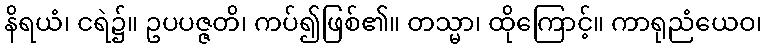
နိရယံ၊ ငရဲ၌။ ဥပပဇ္ဇတိ၊ ကပ်၍ဖြစ်၏။ တသ္မာ၊ ထိုကြောင့်။ ကာရုညံယေဝ၊